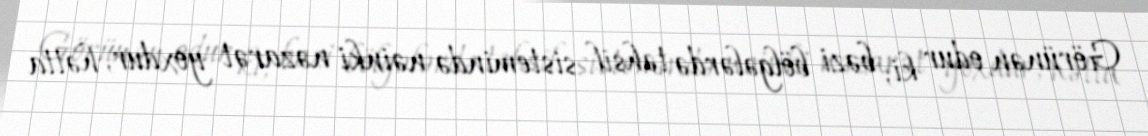
Görünən odur ki, bəzi bölgələrdə təhsil sistemində nəinki nəzarət yoxdur, hətta